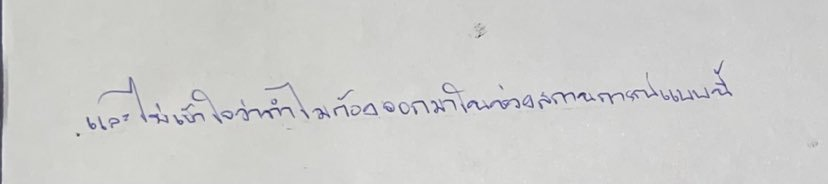
และไม่เข้าใจว่าทำไมถึงต้องออกมาในช่วงที่มีสถานการณ์แบบนี้